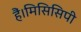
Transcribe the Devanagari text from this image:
हैं।मिसिसिपी